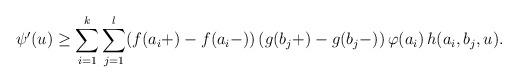
LaTeX: \begin{align*}\psi'(u)\geq \sum_{i=1}^{k} \sum_{j=1}^{l} (f(a_i+)-f(a_i-))\, (g(b_j+)-g(b_j-)) \, \varphi(a_i) \, h(a_i,b_j,u).\end{align*}